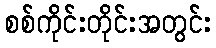
စစ်ကိုင်းတိုင်းအတွင်း